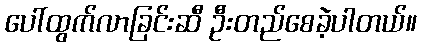
ပေါ်ထွက်လာခြင်းဆီ ဦးတည်စေခဲ့ပါတယ်။